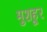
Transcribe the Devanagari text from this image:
मुशहूर